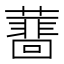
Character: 𧁝